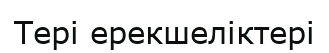
Тері ерекшеліктері